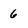
Character: 6